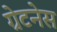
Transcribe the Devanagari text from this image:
ग्रेटनेस